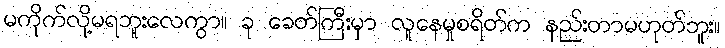
မကိုက်လို့မရဘူးလေကွာ။ ခု ခေတ်ကြီးမှာ လူနေမှုစရိတ်က နည်းတာမဟုတ်ဘူး။